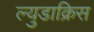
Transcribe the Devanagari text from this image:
ल्युडाक्रिस